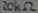
Text: 20KΩ